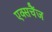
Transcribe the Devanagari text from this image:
एक्सचैंज